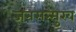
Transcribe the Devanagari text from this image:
जनसन्मुख